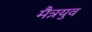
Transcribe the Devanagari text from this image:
मैत्रयुव